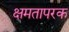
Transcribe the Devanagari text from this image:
क्षमतापरक